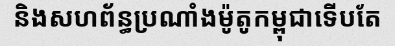
និងសហព័ន្ធប្រណាំងម៉ូតូកម្ពុជាទើបតែ